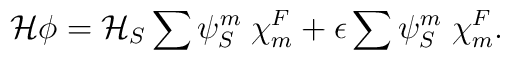
{\cal H} \phi = {\cal H}_S \sum {\psi}^m_S \;{\chi}^F_m + \epsilon		\sum {\psi}^m_S \;{\chi}^F_m.